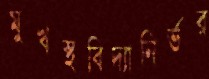
মুখস্থবিদ্যানির্ভর